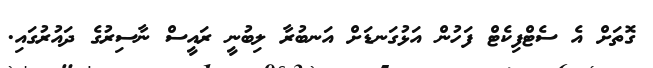
ގޮތަށް އެ ސެޓްފިކެޓް ފަހުން އަޅުގަނޑަށް އަނބުރާ ލިބުނީ ރައީސް ނާސިރުގެ ދައުރުގައި.